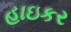
હાઇકર